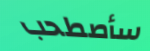
سأصطحب